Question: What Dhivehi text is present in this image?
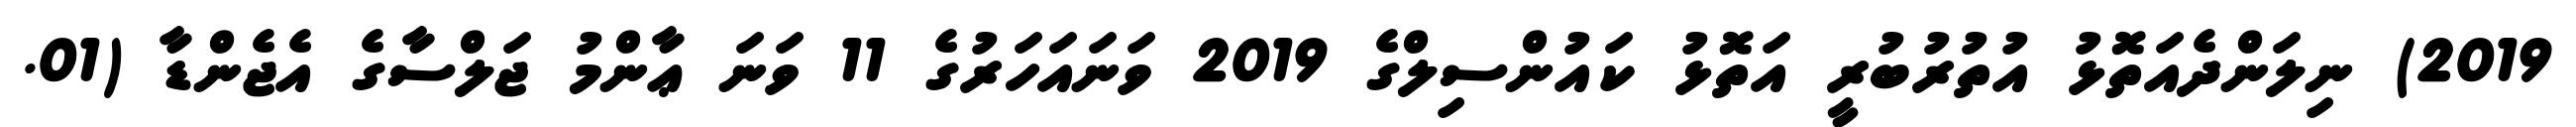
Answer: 2019) ނިލަންދެއަތޮޅު އުތުރުބުރީ އަތޮޅު ކައުންސިލްގެ 2019 ވަނައަހަރުގެ 11 ވަނަ ޢާންމު ޖަލްސާގެ އެޖެންޑާ (01.